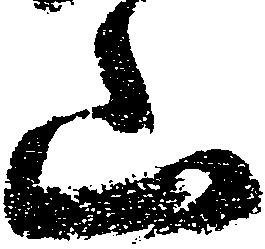
山